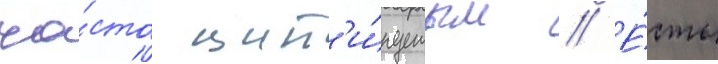
ча́сто цит'и́руемым // Е́сть